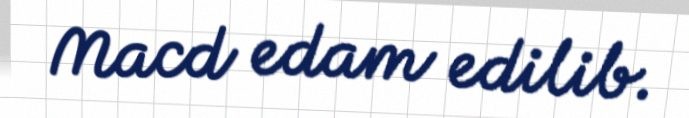
Macd edam edilib.